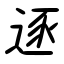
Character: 逐